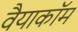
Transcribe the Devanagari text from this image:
वैयाकॉम